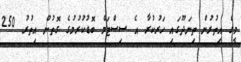
މީގެ އިތުރުން ތިނަދޫގައި ހަރުކުރާ އެ ސިސްޓަމް ބޮޑުކުރުމުގެ ގޮތުން އިތުރު 250